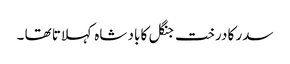
سدر کا درخت جنگل کا باد شاہ کہلاتا تھا ۔